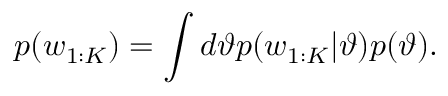
p ( w _ { 1 : K } ) = \int d \vartheta p ( w _ { 1 : K } | \vartheta ) p ( \vartheta ) .